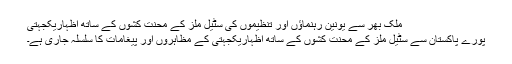
ملک بھر سے یونین رہنماؤں اور تنظیموں کی سٹیل ملز کے محنت کشوں کے ساتھ اظہاریکجہتی
پورے پاکستان سے سٹیل ملز کے محنت کشوں کے ساتھ اظہاریکجہتی کے مظاہروں اور پیغامات کا سلسلہ جاری ہے۔